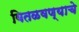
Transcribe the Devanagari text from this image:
वितळवण्याचे